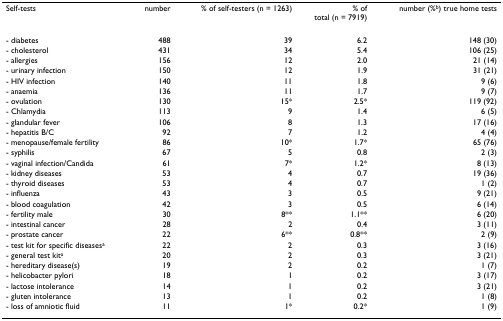
| Self-tests | number | % of self-testers (n = 1263) | % oftotal (n = 7919) | number (%b) true home tests |
 | --- | --- | --- | --- | --- |
 | - diabetes | 488 | 39 | 6.2 | 148 (30) |
 | - cholesterol | 431 | 34 | 5.4 | 106 (25) |
 | - allergies | 156 | 12 | 2.0 | 21 (14) |
 | - urinary infection | 150 | 12 | 1.9 | 31 (21) |
 | - HIV infection | 140 | 11 | 1.8 | 9 (6) |
 | - anaemia | 136 | 11 | 1.7 | 9 (7) |
 | - ovulation | 130 | 15* | 2.5* | 119 (92) |
 | - Chlamydia | 113 | 9 | 1.4 | 6 (5) |
 | - glandular fever | 106 | 8 | 1.3 | 17 (16) |
 | - hepatitis B/C | 92 | 7 | 1.2 | 4 (4) |
 | - menopause/female fertility | 86 | 10* | 1.7* | 65 (76) |
 | - syphilis | 67 | 5 | 0.8 | 2 (3) |
 | - vaginal infection/Candida | 61 | 7* | 1.2* | 8 (13) |
 | - kidney diseases | 53 | 4 | 0.7 | 19 (36) |
 | - thyroid diseases | 53 | 4 | 0.7 | 1 (2) |
 | - influenza | 43 | 3 | 0.5 | 9 (21) |
 | - blood coagulation | 42 | 3 | 0.5 | 6 (14) |
 | - fertility male | 30 | 8** | 1.1** | 6 (20) |
 | - intestinal cancer | 28 | 2 | 0.4 | 3 (11) |
 | - prostate cancer | 22 | 6** | 0.8** | 2 (9) |
 | - test kit for specific diseasesa | 22 | 2 | 0.3 | 3 (16) |
 | - general test kita | 20 | 2 | 0.3 | 3 (21) |
 | - hereditary disease(s) | 19 | 2 | 0.2 | 1 (7) |
 | - helicobacter pylori | 18 | 1 | 0.2 | 3 (17) |
 | - lactose intolerance | 14 | 1 | 0.2 | 3 (21) |
 | - gluten intolerance | 13 | 1 | 0.2 | 1 (8) |
 | - loss of amniotic fluid | 11 | 1* | 0.2* | 1 (9) |